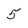
Character: 5